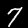
Digit: 7